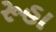
રૂહા